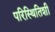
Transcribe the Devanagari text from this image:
परिस्थितिशी